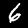
Digit: 6